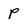
Character: P